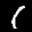
Label: 1